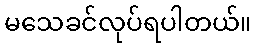
မသေခင်လုပ်ရပါတယ်။